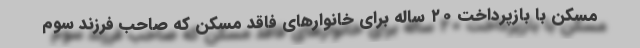
مسکن با بازپرداخت ۲۰ ساله برای خانوارهای فاقد مسکن که صاحب فرزند سوم